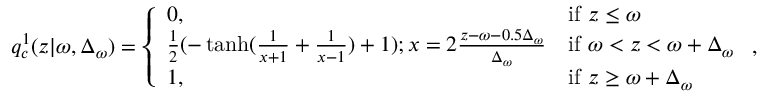
q _ { c } ^ { 1 } ( z | \omega , \Delta _ { \omega } ) = \left\{ \begin{array} { l l } { 0 , } & { \mathrm { i f ~ } z \leq \omega } \\ { \frac { 1 } { 2 } ( - \operatorname { t a n h } ( \frac { 1 } { x + 1 } + \frac { 1 } { x - 1 } ) + 1 ) ; x = 2 \frac { z - \omega - 0 . 5 \Delta _ { \omega } } { \Delta _ { \omega } } } & { \mathrm { i f ~ } \omega < z < \omega + \Delta _ { \omega } } \\ { 1 , } & { \mathrm { i f ~ } z \geq \omega + \Delta _ { \omega } } \end{array} \right. \mathrm { , }